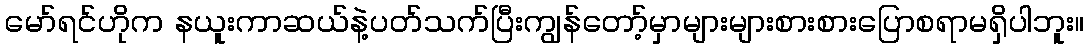
မော်ရင်ဟိုက နယူးကာဆယ်နဲ့ပတ်သက်ပြီးကျွန်တော့်မှာများများစားစားပြောစရာမရှိပါဘူး။